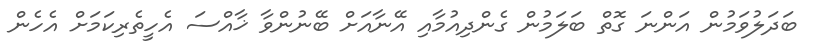
ބަދަލުވަމުން އަންނަ ގޮތް ބަލަމުން ގެންދިއުމާއި އޭނާއަށް ބޭނުންވާ ޚާއްސަ އެހީތެރިކަމަށް އެހެން